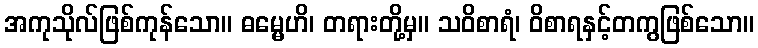
အကုသိုလ်ဖြစ်ကုန်သော။ ဓမ္မေဟိ၊ တရားတို့မှ။ သဝိစာရံ၊ ဝိစာရနှင့်တကွဖြစ်သော။